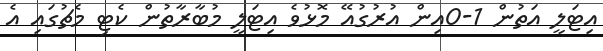
އިޓަލީ އަތުން 1-0އިން އުރުގުއޭ މޮޅުވެ އިޓަލީ މުބާރާތުން ކެޓި މެޗުގައި އެ